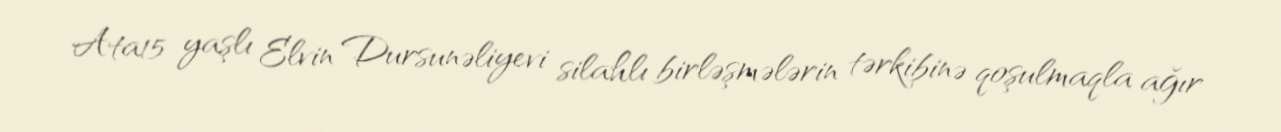
Ata15 yaşlı Elvin Dursunəliyevi silahlı birləşmələrin tərkibinə qoşulmaqla ağır